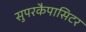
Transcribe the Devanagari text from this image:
सुपरकैपासिटर